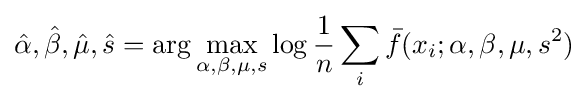
{\hat {\alpha }},{\hat {\beta }},{\hat {\mu }},{\hat {s}}=\arg \max _{\alpha ,\beta ,\mu ,s}\log {\frac {1}{n}}\sum _{i}{\bar {f}}(x_{i};\alpha ,\beta ,\mu ,s^{2})